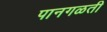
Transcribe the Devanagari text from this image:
पानगळती